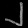
Digit: ၂